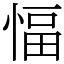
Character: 愊